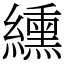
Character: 纁